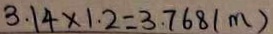
3 . 1 4 \times 1 . 2 = 3 . 7 6 8 ( m )